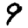
Digit: 9